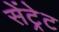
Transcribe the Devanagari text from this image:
सेंट्रेट